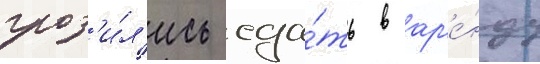
гроз'и́л'ись сда́ть в ар'е́нду